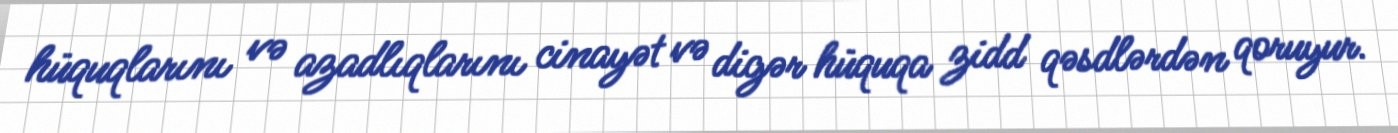
hüquqlarını və azadlıqlarını cinayət və digər hüquqa zidd qəsdlərdən qoruyur.